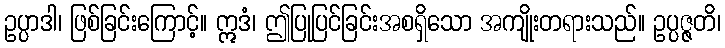
ဥပ္ပာဒါ၊ ဖြစ်ခြင်းကြောင့်။ ဣဒံ၊ ဤပြုပြင်ခြင်းအစရှိသော အကျိုးတရားသည်။ ဥပ္ပဇ္ဇတိ၊